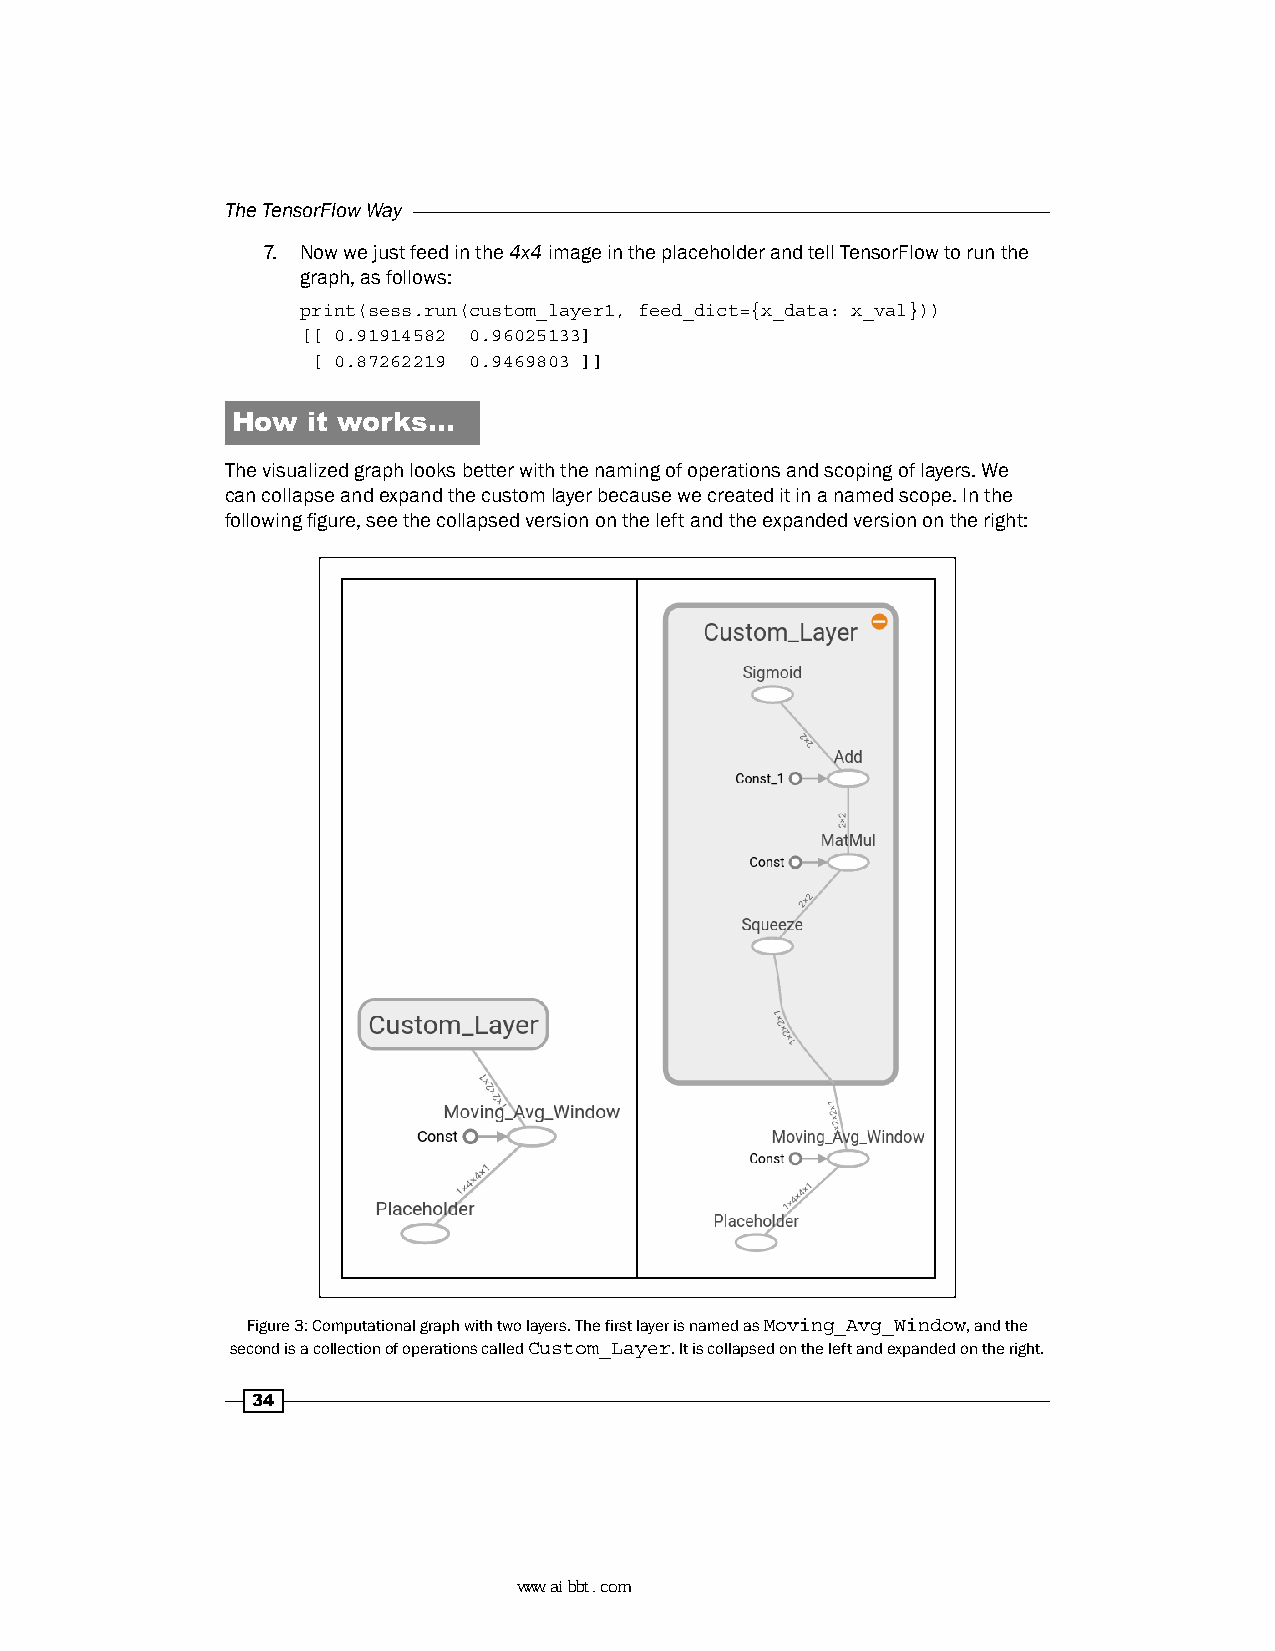
The TensorFlow Way
 7. Now we just feed in the 4x4 image in the placeholder and tell TensorFlow to run the
 graph, as follows:
 print(sess.run(custom_layer1, feed_dict={x_data: x_val}))
 [[ 0.91914582 0.96025133]
 [ 0.87262219 0.9469803 ]]
 How  it works…
 The visualized graph looks better with the naming of operations and scoping of layers. We
 can collapse and expand the custom layer because we created it in a named scope. In the
 following figure, see the collapsed version on the left and the expanded version on the right:
 Figure 3: Computational graph with two layers. The first layer is named as Moving_Avg_Window, and the
 second is a collection of operations called Custom_Layer. It is collapsed on the left and expanded on the right.
 34
 www.aibbt.com 让未来触手可及